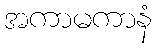
အကာမကာနံ